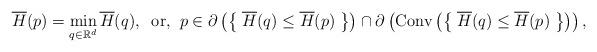
LaTeX: \begin{align*} \overline{H}(p)=\min_{q\in\mathbb{R}^d}\overline{H}(q),\;\;\textrm{or,}\;\; p\in\partial\left(\left\{\;\overline{H}(q)\leq\overline{H}(p)\;\right\}\right)\cap\partial\left(\textrm{Conv}\left(\left\{\;\overline{H}(q)\leq\overline{H}(p)\;\right\}\right)\right),\end{align*}